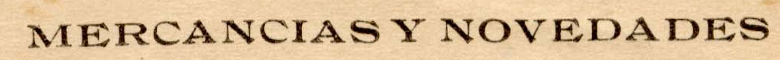
MERCANCIAS Y NOVEDADES